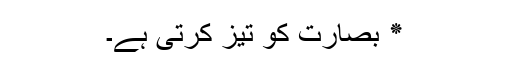
٭ بصارت کو تیز کرتی ہے۔